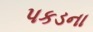
પકડના